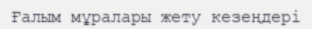
Ғалым мұралары жету кезеңдері